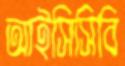
আইসিসিবি